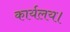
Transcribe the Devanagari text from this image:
कार्यलय।